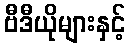
ဗီဒီယိုများနှင့်